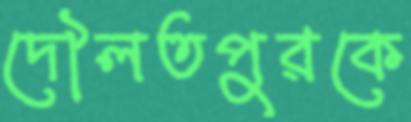
দৌলতপুরকে